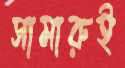
সামারুই